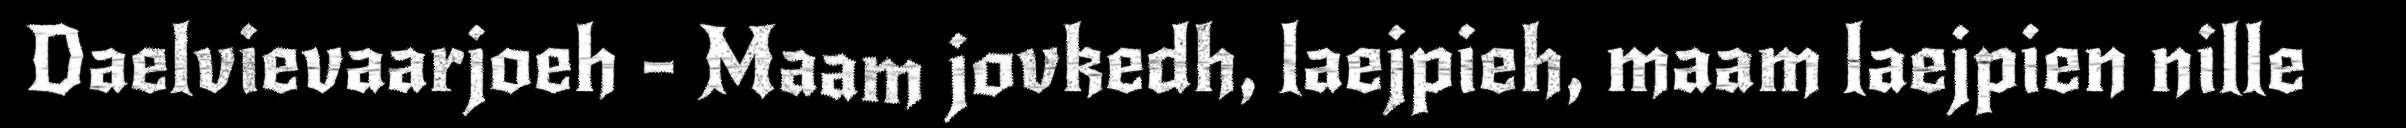
Daelvievaarjoeh - Maam jovkedh, laejpieh, maam laejpien nille